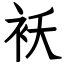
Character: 袄